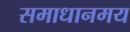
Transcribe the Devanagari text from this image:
समाधानमय